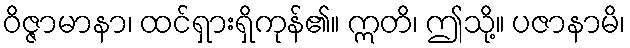
ဝိဇ္ဇာမာနာ၊ ထင်ရှားရှိကုန်၏။ ဣတိ၊ ဤသို့။ ပဇာနာမိ၊